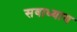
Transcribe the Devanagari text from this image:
सवाध्याय